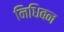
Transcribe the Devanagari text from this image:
निधिबन